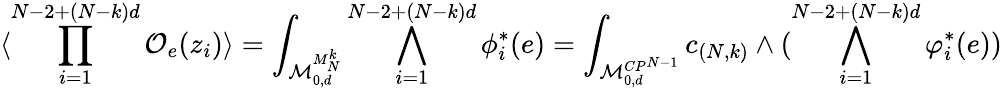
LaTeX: \langle\prod_{i=1}^{N-2+(N-k)d}{\cal O}_{e}(z_{i})\rangle=\int_{{\cal M}_{0,d}^{M_{N}^{k}}}\bigwedge_{i=1}^{N-2+(N-k)d}\phi_{i}^{*}(e)=\int_{{\cal M}_{0,d}^{CP^{N-1}}}c_{(N,k)}\wedge(\bigwedge_{i=1}^{N-2+(N-k)d}\varphi_{i}^{*}(e))